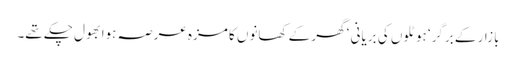
بازار کے برگر‘ ہوٹلوں کی بریانی ‘ گھر کے کھانوں کا مزہ عرصہ ہوا بھول چکے تھے۔